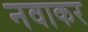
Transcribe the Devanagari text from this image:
नवाकर